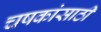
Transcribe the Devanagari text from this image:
चषकांसाठी